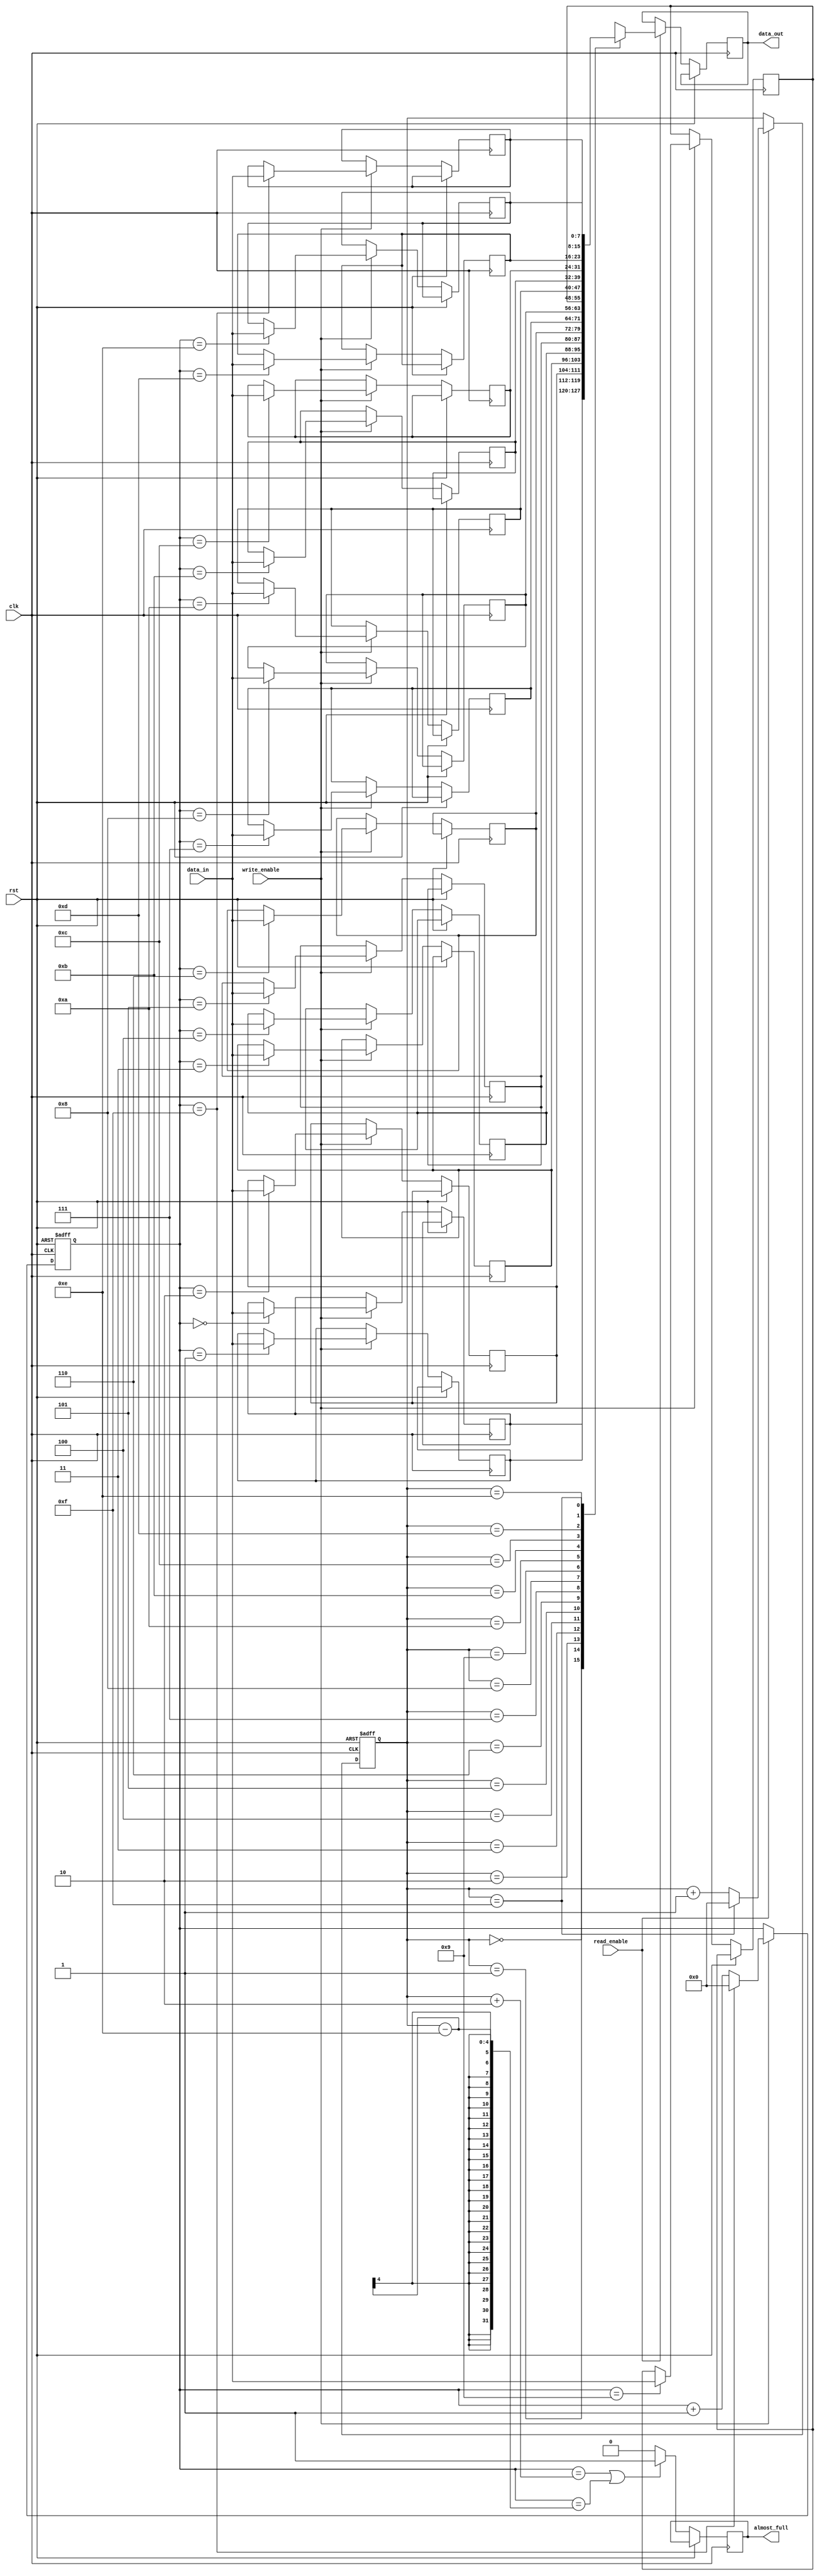
module almost_full_fifo_buffer (
    input wire clk,
    input wire rst,
    input wire write_enable,
    input wire read_enable,
    output reg almost_full,
    output reg [7:0] data_out,
    input wire [7:0] data_in
);

reg [7:0] buffer [0:15]; // FIFO buffer with size 16
reg [3:0] write_ptr;
reg [3:0] read_ptr;

always @(posedge clk or posedge rst) begin
    if (rst) begin
        write_ptr <= 4'b0000;
        read_ptr <= 4'b0000;
    end else begin
        if (write_enable) begin
            buffer[write_ptr] <= data_in;
            write_ptr <= write_ptr + 1;
            if (write_ptr == 4'b1111)
                write_ptr <= 4'b0000;
        end
        
        if (read_enable) begin
            data_out <= buffer[read_ptr];
            read_ptr <= read_ptr + 1;
            if (read_ptr == 4'b1111)
                read_ptr <= 4'b0000;
        end
        
        // control logic for almost full condition
        // almost full when there are only 2 empty slots left in the buffer
        if ((write_ptr == read_ptr + 2) || (write_ptr == read_ptr - 14))
            almost_full <= 1;
        else
            almost_full <= 0;
        
    end
end
    
endmodule